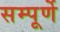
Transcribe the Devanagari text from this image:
सम्पूर्णे